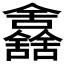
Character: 𠑰